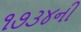
૧૭૩૪ની